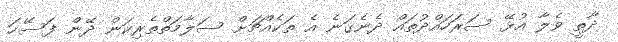
ދާތީ ވެލާ އުޅޭ ސަރަހައްދުތައް ދެނެގަނެ އެ ތަކެއްޗަށް ސަލާމަތްތެރިކަން ދޭން ފަސޭހަ